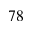
^ { 7 8 }